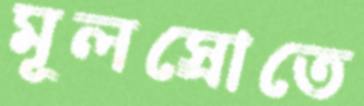
মূলস্রোতে